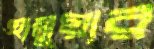
হানুয়ার